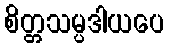
စိတ္တသမ္ပဒါယပေ